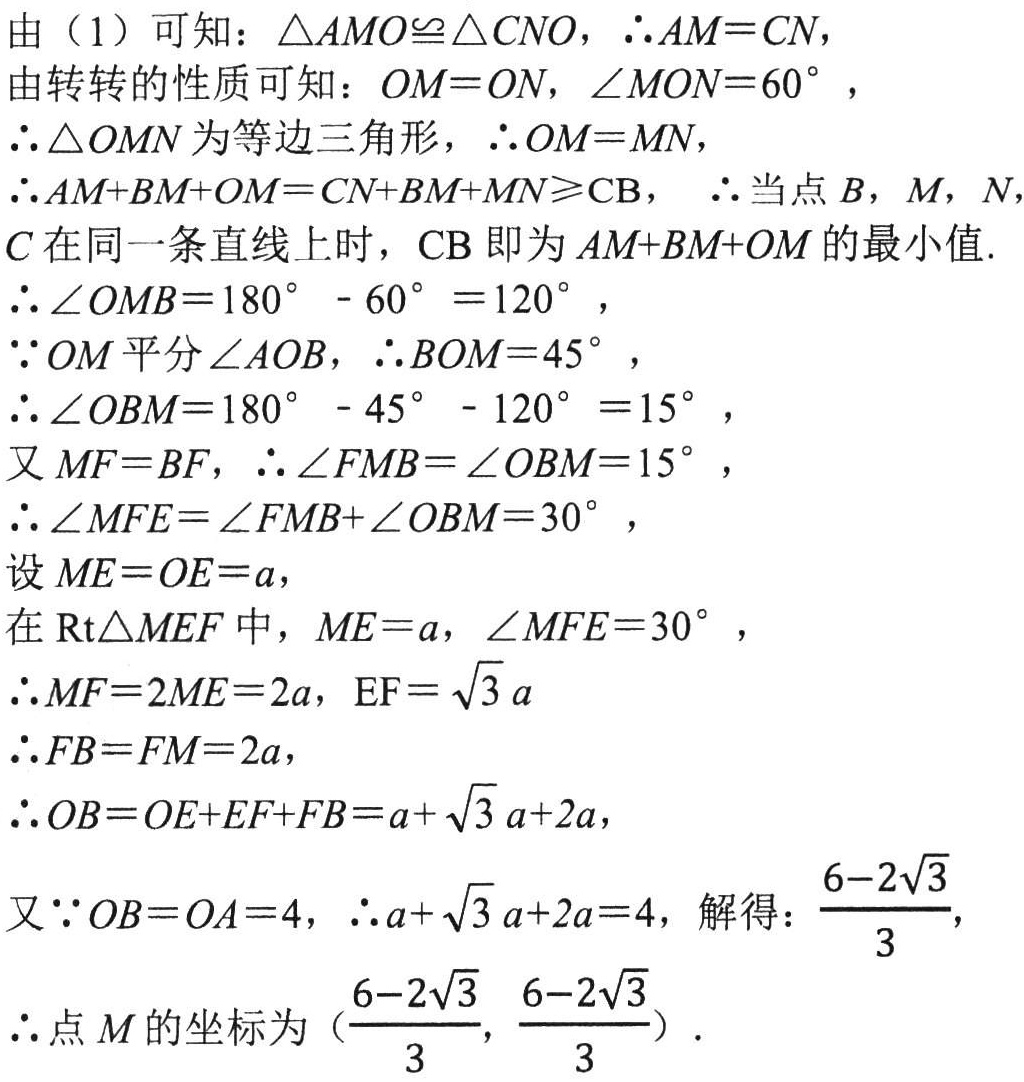
由（1）可知：\(\triangle AMO\cong\triangle CNO\)，\(\therefore AM = CN\)，

由转转的性质可知：\(OM = ON\)，\(\angle MON = 60^{\circ}\)，

\(\therefore\triangle  OMN\)为等边三角形，\(\therefore OM = MN\)，

\(\therefore AM + BM+OM = CN + BM + MN\geqslant CB\)， \(\therefore\)当点\(B\)，\(M\)，\(N\)，\(C\)在同一条直线上时，\(CB\)即为\(AM + BM + OM\)的最小值.

\(\therefore\angle OMB = 180^{\circ}- 60^{\circ}= 120^{\circ}\)，

\(\because OM\)平分\(\angle AOB\)，\(\therefore\angle BOM = 45^{\circ}\)，

\(\therefore\angle OBM = 180^{\circ}- 45^{\circ}- 120^{\circ}= 15^{\circ}\)，

又\(MF = BF\)，\(\therefore\angle FMB=\angle OBM = 15^{\circ}\)，

\(\therefore\angle MFE=\angle FMB+\angle OBM = 30^{\circ}\)，

设\(ME = OE = a\)，

在\(\text{Rt}\triangle MEF\)中，\(ME = a\)，\(\angle MFE = 30^{\circ}\)，

\(\therefore MF = 2ME = 2a\)，\(EF=\sqrt{3}a\)

\(\therefore FB = FM = 2a\)，

\(\therefore OB = OE + EF+FB = a+\sqrt{3}a + 2a\)，

又\(\because OB = OA = 4\)，\(\therefore a+\sqrt{3}a + 2a = 4\)，解得：\(\frac{6 - 2\sqrt{3}}{3}\)，

\(\therefore\)点\(M\)的坐标为\((\frac{6 - 2\sqrt{3}}{3}, \frac{6 - 2\sqrt{3}}{3})\).